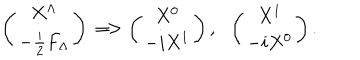
\left( \begin{matrix} { { X ^ { \Lambda } } } \\ { { - { \frac { i } { 2 } } F _ { \Lambda } } } \\ \end{matrix} \right) \Longrightarrow \left( \begin{matrix} { { X ^ { 0 } } } \\ { { - i X ^ { 1 } } } \\ \end{matrix} \right) , ~ ~ \left( \begin{matrix} { { X ^ { 1 } } } \\ { { - i X ^ { 0 } } } \\ \end{matrix} \right) .